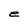
Character: e